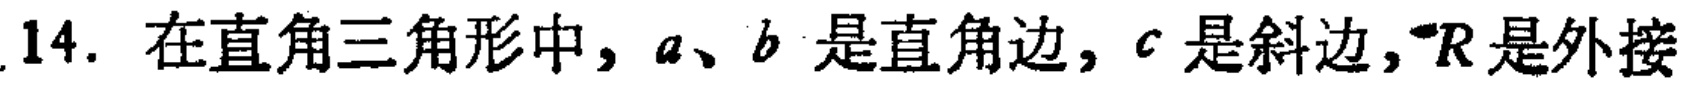
14. 在直角三角形中，\(a\)、\(b\) 是直角边，\(c\) 是斜边，\(R\) 是外接